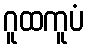
ဂူထကူပံ